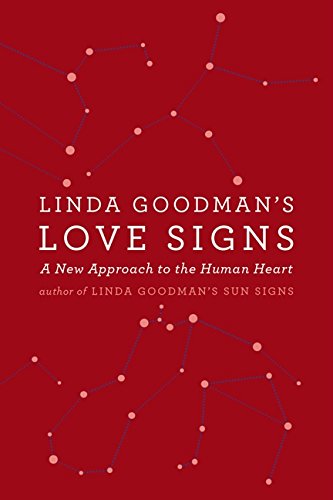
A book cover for Linda Goodman's Love Signs: A New Approach to the Human Heart; Linda Goodman; Religion & Spirituality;